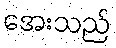
အေးသည်